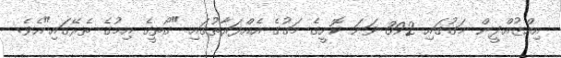
އިއްޒުއްދީން މަގުގައި 392 ވަނަ ކޮށީގެ މަގުގެ އެއްފަރާތުގައި "ގޯތީގެ އިމުގެ ތެރޭގައި"އެވެ.